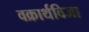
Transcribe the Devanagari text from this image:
वक्रार्थविजा